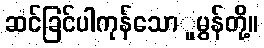
ဆင်ခြင်ပါကုန်သောူမွန်တို့။